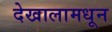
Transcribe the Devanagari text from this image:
देखालामधून